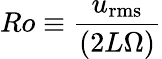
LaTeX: Ro\equiv\frac{u_{\mathrm{rms}}}{(2L\Omega)}